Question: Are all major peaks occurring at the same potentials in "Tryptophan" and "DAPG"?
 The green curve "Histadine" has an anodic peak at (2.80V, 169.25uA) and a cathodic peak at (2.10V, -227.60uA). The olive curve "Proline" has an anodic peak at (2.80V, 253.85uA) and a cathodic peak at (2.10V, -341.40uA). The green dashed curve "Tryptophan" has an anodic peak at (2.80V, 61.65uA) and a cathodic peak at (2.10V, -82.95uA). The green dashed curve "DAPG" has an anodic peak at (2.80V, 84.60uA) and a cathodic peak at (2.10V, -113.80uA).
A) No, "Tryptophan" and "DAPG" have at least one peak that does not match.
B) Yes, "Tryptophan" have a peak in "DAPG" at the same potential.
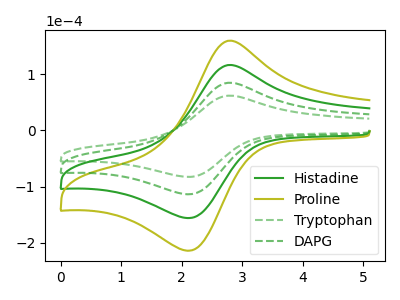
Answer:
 <answer>B) Yes, "Tryptophan" have a peak in "DAPG" at the same potential.</answer>
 <eval>B</eval>